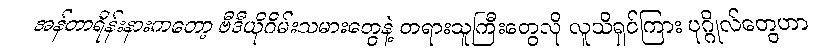
အန်တာရိန်းနားကတော့ ဗီဒီယိုဂိမ်းသမားတွေနဲ့ တရားသူကြီးတွေလို လူသိရှင်ကြား ပုဂ္ဂိုလ်တွေဟာ